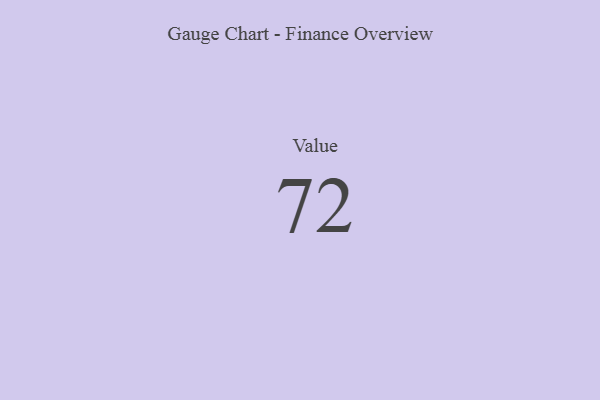
{"axis": {"x": "Metric", "y": "Value"}, "legend": [""], "data": [{"x": "Value", "y": 72, "type": ""}]}